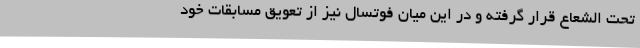
تحت الشعاع قرار گرفته و در این میان فوتسال نیز از تعویق مسابقات خود